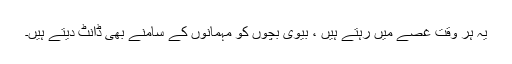
یہ ہر وقت غصے میں رہتے ہیں ، بیوی بچوں کو مہمانوں کے سامنے بھی ڈانٹ دیتے ہیں۔